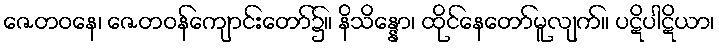
ဇေတဝနေ၊ ဇေတဝန်ကျောင်းတော်၌။ နိသိန္နော၊ ထိုင်နေတော်မူလျက်။ ပဋိပါဋိယာ၊